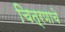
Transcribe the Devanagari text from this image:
चित्रणाचे